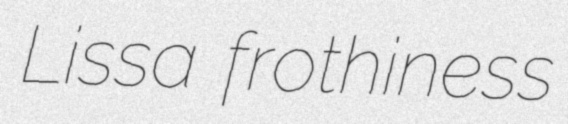
Lissa frothiness